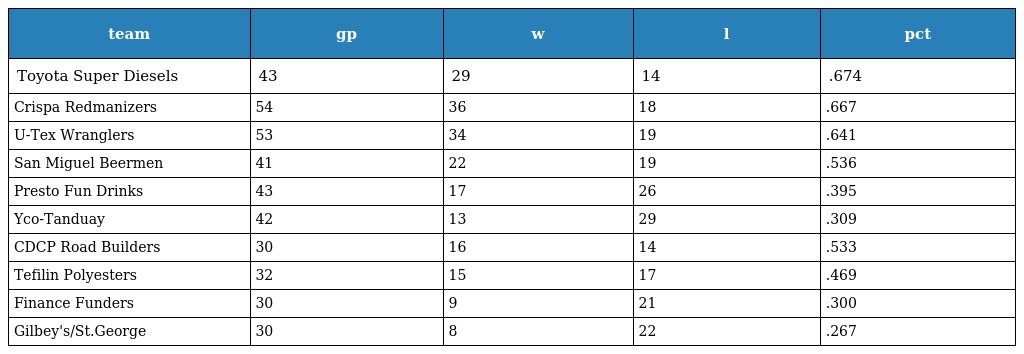
| team | gp | w | l | pct |
 | --- | --- | --- | --- | --- |
 | Toyota Super Diesels | 43 | 29 | 14 | .674 |
 | Crispa Redmanizers | 54 | 36 | 18 | .667 |
 | U-Tex Wranglers | 53 | 34 | 19 | .641 |
 | San Miguel Beermen | 41 | 22 | 19 | .536 |
 | Presto Fun Drinks | 43 | 17 | 26 | .395 |
 | Yco-Tanduay | 42 | 13 | 29 | .309 |
 | CDCP Road Builders | 30 | 16 | 14 | .533 |
 | Tefilin Polyesters | 32 | 15 | 17 | .469 |
 | Finance Funders | 30 | 9 | 21 | .300 |
 | Gilbey's/St.George | 30 | 8 | 22 | .267 |